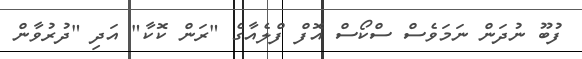
ފުބޫ ނުދަން ނަމަވެސް ސްކޯސް އޮފް ފްލެއާގެ "ރަން ކޮކާ" އަދި "ދުރުވާން